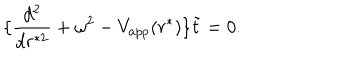
LaTeX: \{ { \frac { d ^ { 2 } } { d r ^ { * 2 } } } + \omega ^ { 2 } - V _ { a p p } ( r ^ { * } ) \} \tilde { t } = 0 .